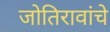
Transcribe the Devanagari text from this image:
जोतिरावांचे